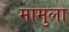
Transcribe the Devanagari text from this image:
मामुला